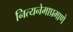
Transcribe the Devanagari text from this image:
नित्यनेमाप्रमाणे